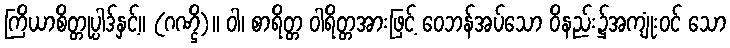
ကြိယာစိတ္တုပ္ပါဒ်နှင့်။ (ဂဏ္ဌိ)။ ဝါ၊ စာရိတ္တ ဝါရိတ္တအားဖြင့် ဝေဘန်အပ်သော ဝိနည်း၌အကျုံးဝင် သော